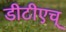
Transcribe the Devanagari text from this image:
डीटीएच्‌